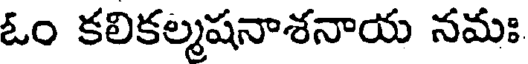
ఓం కలికల్మషనాశనాయ నమః